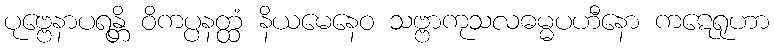
ပုဗ္ဗေနာပရန္တိ ဝိကပ္ပနတ္ထံ နိယမေနေဝ သဗ္ဗာကုသလဓမ္မပဟီနော ကဋေရုဟာ